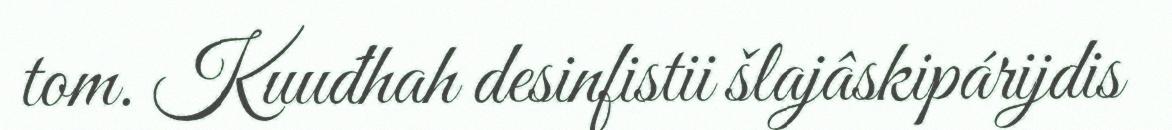
tom. Kuuđhah desinfistii šlajâskipárijdis